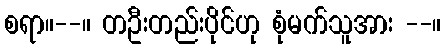
စရာ။--။ တဦးတည်းပိုင်ဟု စုံမက်သူအား --။